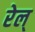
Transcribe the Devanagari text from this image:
रेल्